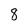
Character: 8